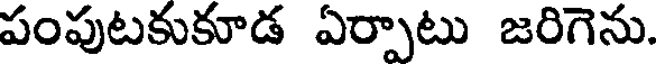
పంపుటకుకూడ ఏర్పాటు జరిగెను.